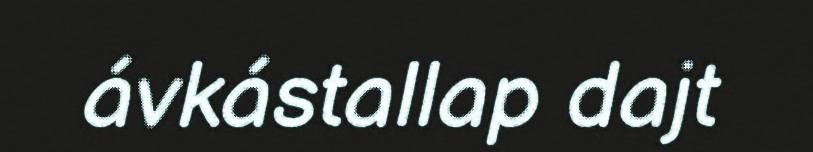
ávkástallap dajt